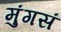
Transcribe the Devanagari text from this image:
मुंगसं